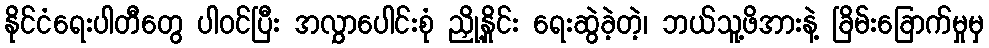
နိုင်ငံရေးပါတီတွေ ပါဝင်ပြီး အလွှာပေါင်းစုံ ညှို့နှိုင်း ရေးဆွဲခဲ့တဲ့၊ ဘယ်သူ့ဖိအားနဲ့ ခြိမ်းခြောက်မှုမှ